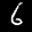
Label: 6